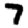
Digit: 7